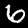
Label: 6